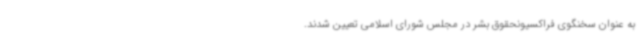
به عنوان سخنگوی فراکسیونحقوق بشر در مجلس شورای اسلامی تعیین شدند.